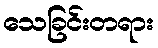
သေခြင်းတရား